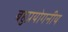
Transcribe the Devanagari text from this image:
बहुप्रयोगनीय